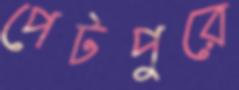
পেটপুরে